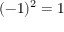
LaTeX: ( - 1 ) ^ { 2 } = 1